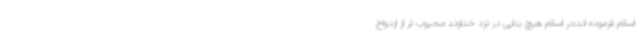
اسلام فرموده اند:در اسلام هیچ بنایی در نزد خداوند محبوب تر از ازدواج